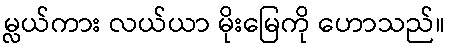
မ္လယ်ကား လယ်ယာ မိုးမြေကို ဟောသည်။